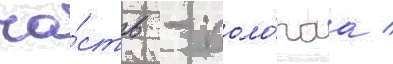
ча́сть - поло́гаа /